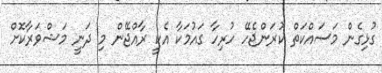
ގުޅިގެން މަަސައްކަތް ކުރަންޖެހޭ ހުރިހާ ގައުމަކާ އެކީ ރާއްޖޭން މި ދަނީ މަޝްވަރާކޮށް